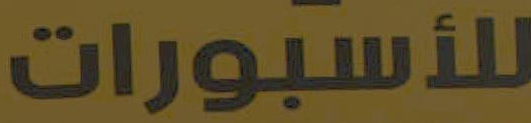
للأسبورات